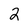
Character: 2